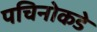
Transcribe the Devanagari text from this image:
पचिनोकडे